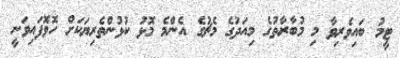
ޓީމު ބައިވެރިވާ މި މުބާރާތުގެ މިއަދުގެ މެޗުގެ އެންމެ މޮޅު ކުޅުންތެރިޔަކަށް ހޮވޮފައިވަނީ